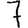
Digit: 7